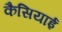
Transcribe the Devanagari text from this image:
कैसियाई